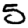
Digit: 5